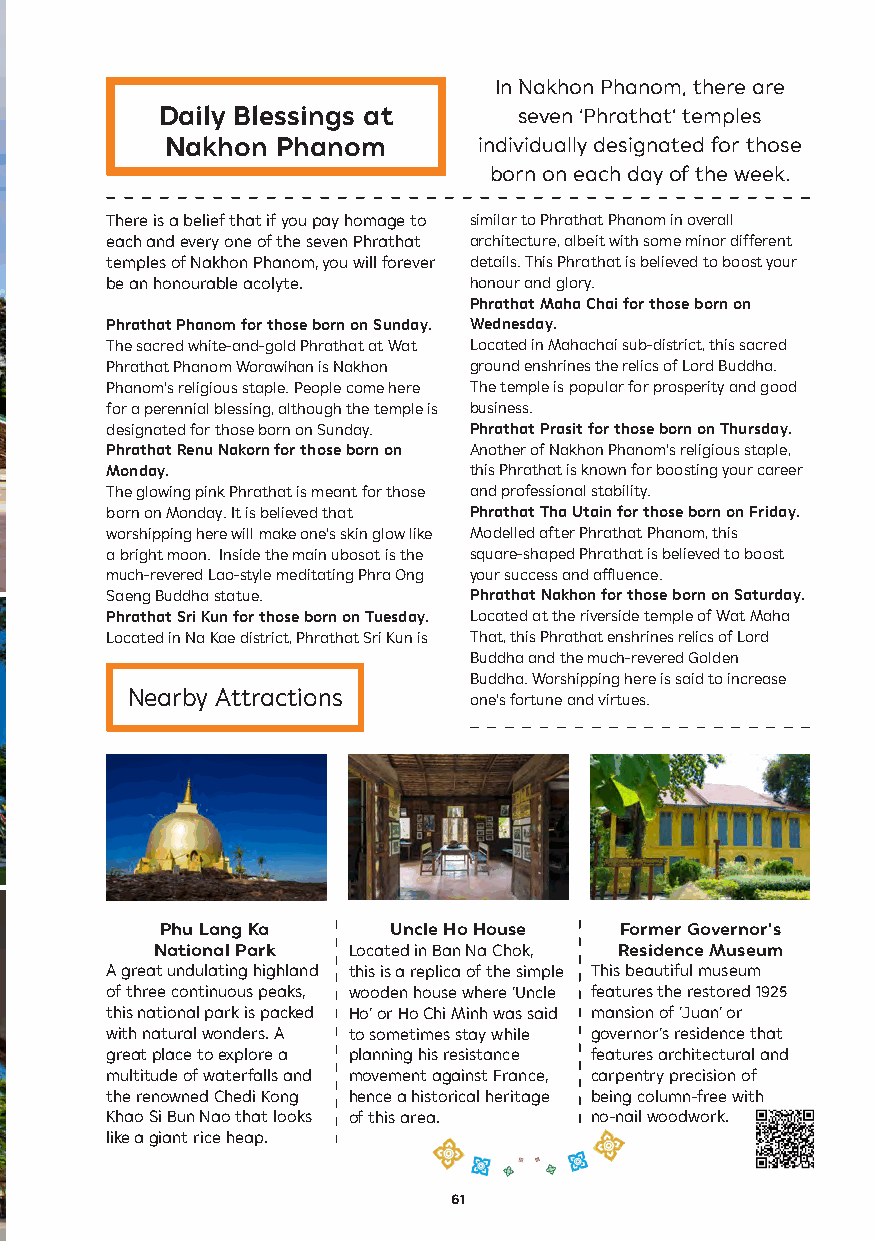
In Nakhon Phanom, there are
 Daily Blessings at      seven ‘Phrathat’ temples
 Nakhon Phanom        individually designated for those
 born on each day of the week.
 There is a belief that if you pay homage to similar to Phrathat Phanom in overall
 each and every one of the seven Phrathat architecture, albeit with some minor different
 temples of Nakhon Phanom, you will forever details. This Phrathat is believed to boost your
 be an honourable acolyte. honour and glory.
 Phrathat Maha Chai for those born on
 Phrathat Phanom for those born on Sunday. Wednesday.
 The sacred white-and-gold Phrathat at Wat Located in Mahachai sub-district, this sacred
 Phrathat Phanom Worawihan is Nakhon ground enshrines the relics of Lord Buddha.
 Phanom’s religious staple. People come here The temple is popular for prosperity and good
 for a perennial blessing, although the temple is business.
 designated for those born on Sunday. Phrathat Prasit for those born on Thursday.
 Phrathat Renu Nakorn for those born on Another of Nakhon Phanom’s religious staple,
 Monday.                 this Phrathat is known for boosting your career
 The glowing pink Phrathat is meant for those and professional stability.
 born on Monday. It is believed that Phrathat Tha Utain for those born on Friday.
 worshipping here will make one’s skin glow like Modelled after Phrathat Phanom, this
 a bright moon. Inside the main ubosot is the square-shaped Phrathat is believed to boost
 much-revered Lao-style meditating Phra Ong your success and affluence.
 Saeng Buddha statue.    Phrathat Nakhon for those born on Saturday.
 Phrathat Sri Kun for those born on Tuesday. Located at the riverside temple of Wat Maha
 Located in Na Kae district, Phrathat Sri Kun is That, this Phrathat enshrines relics of Lord
 Buddha and the much-revered Golden
 Buddha. Worshipping here is said to increase
 Nearby Attractions     one’s fortune and virtues.
 Phu Lang Ka    Uncle Ho House Former Governor’s
 National Park Located in Ban Na Chok, Residence Museum
 A great undulating highland this is a replica of the simple This beautiful museum
 of three continuous peaks, wooden house where ‘Uncle features the restored 1925
 this national park is packed Ho’ or Ho Chi Minh was said mansion of ‘Juan’ or
 with natural wonders. A to sometimes stay while governor’s residence that
 great place to explore a planning his resistance features architectural and
 multitude of waterfalls and movement against France, carpentry precision of
 the renowned Chedi Kong hence a historical heritage being column-free with
 Khao Si Bun Nao that looks of this area. no-nail woodwork.
 like a giant rice heap.
 61